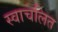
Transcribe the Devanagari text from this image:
स्वाचलित